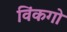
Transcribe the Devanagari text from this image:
विंकगो